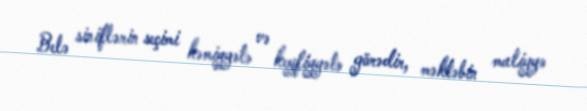
Belə siniflərin seçimi kəmiyyətə və keyfiyyətə görədir, məktəbin maliyyə